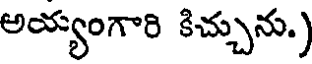
అయ్యంగారి కిచ్చును.)